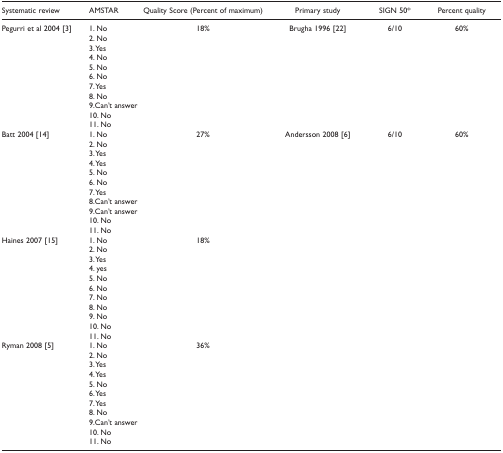
<table><thead><tr><td><b>Systematic review</b></td><td><b>AMSTAR</b></td><td><b>Quality Score (Percent of maximum)</b></td><td><b>Primary study</b></td><td><b>SIGN 50*</b></td><td><b>Percent quality</b></td></tr></thead><tbody><tr><td>Pegurri et al 2004 [3]</td><td>1. No</td><td>18%</td><td>Brugha 1996 [22]</td><td>6/10</td><td>60%</td></tr><tr><td></td><td>2. No</td><td></td><td></td><td></td><td></td></tr><tr><td></td><td>3. Yes</td><td></td><td></td><td></td><td></td></tr><tr><td></td><td>4. No</td><td></td><td></td><td></td><td></td></tr><tr><td></td><td>5. No</td><td></td><td></td><td></td><td></td></tr><tr><td></td><td>6. No</td><td></td><td></td><td></td><td></td></tr><tr><td></td><td>7. Yes</td><td></td><td></td><td></td><td></td></tr><tr><td></td><td>8. No</td><td></td><td></td><td></td><td></td></tr><tr><td></td><td>9. Can&#x27;t answer</td><td></td><td></td><td></td><td></td></tr><tr><td></td><td>10. No</td><td></td><td></td><td></td><td></td></tr><tr><td></td><td>11. No</td><td></td><td></td><td></td><td></td></tr><tr><td>Batt 2004 [14]</td><td>1. No</td><td>27%</td><td>Andersson 2008 [6]</td><td>6/10</td><td>60%</td></tr><tr><td></td><td>2. No</td><td></td><td></td><td></td><td></td></tr><tr><td></td><td>3. Yes</td><td></td><td></td><td></td><td></td></tr><tr><td></td><td>4. Yes</td><td></td><td></td><td></td><td></td></tr><tr><td></td><td>5. No</td><td></td><td></td><td></td><td></td></tr><tr><td></td><td>6. No</td><td></td><td></td><td></td><td></td></tr><tr><td></td><td>7. Yes</td><td></td><td></td><td></td><td></td></tr><tr><td></td><td>8. Can&#x27;t answer</td><td></td><td></td><td></td><td></td></tr><tr><td></td><td>9. Can&#x27;t answer</td><td></td><td></td><td></td><td></td></tr><tr><td></td><td>10. No</td><td></td><td></td><td></td><td></td></tr><tr><td></td><td>11. No</td><td></td><td></td><td></td><td></td></tr><tr><td>Haines 2007 [15]</td><td>1. No</td><td>18%</td><td></td><td></td><td></td></tr><tr><td></td><td>2. No</td><td></td><td></td><td></td><td></td></tr><tr><td></td><td>3. Yes</td><td></td><td></td><td></td><td></td></tr><tr><td></td><td>4. yes</td><td></td><td></td><td></td><td></td></tr><tr><td></td><td>5. No</td><td></td><td></td><td></td><td></td></tr><tr><td></td><td>6. No</td><td></td><td></td><td></td><td></td></tr><tr><td></td><td>7. No</td><td></td><td></td><td></td><td></td></tr><tr><td></td><td>8. No</td><td></td><td></td><td></td><td></td></tr><tr><td></td><td>9. No</td><td></td><td></td><td></td><td></td></tr><tr><td></td><td>10. No</td><td></td><td></td><td></td><td></td></tr><tr><td></td><td>11. No</td><td></td><td></td><td></td><td></td></tr><tr><td>Ryman 2008 [5]</td><td>1. No</td><td>36%</td><td></td><td></td><td></td></tr><tr><td></td><td>2. No</td><td></td><td></td><td></td><td></td></tr><tr><td></td><td>3. Yes</td><td></td><td></td><td></td><td></td></tr><tr><td></td><td>4. Yes</td><td></td><td></td><td></td><td></td></tr><tr><td></td><td>5. No</td><td></td><td></td><td></td><td></td></tr><tr><td></td><td>6. Yes</td><td></td><td></td><td></td><td></td></tr><tr><td></td><td>7. Yes</td><td></td><td></td><td></td><td></td></tr><tr><td></td><td>8. No</td><td></td><td></td><td></td><td></td></tr><tr><td></td><td>9. Can&#x27;t answer</td><td></td><td></td><td></td><td></td></tr><tr><td></td><td>10. No</td><td></td><td></td><td></td><td></td></tr><tr><td></td><td>11. No</td><td></td><td></td><td></td><td></td></tr></tbody></table>